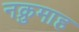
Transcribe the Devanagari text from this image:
नक्रुमाह